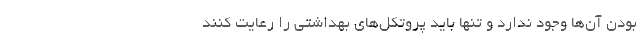
بودن آن‌ها وجود ندارد و تنها باید پروتکل‌های بهداشتی را رعایت کنند